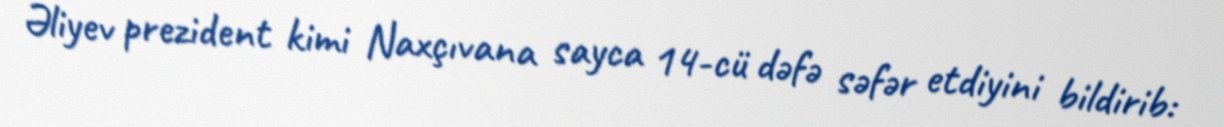
Əliyev prezident kimi Naxçıvana sayca 14-cü dəfə səfər etdiyini bildirib: